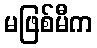
မဖြစ်မီက